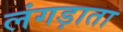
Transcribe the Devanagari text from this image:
लंगड़ाता